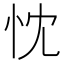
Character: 忱